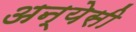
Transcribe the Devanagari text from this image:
अन्येसी